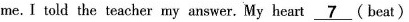
me.I told the teacher my answer. My heart ___7(beat)